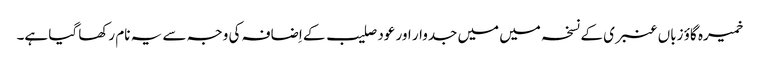
خمیرہ گاؤ زباں عنبری کے نسخہ میں میں جدوار اور عود صلیب کے اِضافہ کی وجہ سے یہ نام رکھا گیا ہے۔